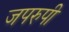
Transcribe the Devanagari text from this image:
जपरुपी